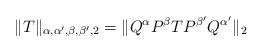
LaTeX: \begin{align*}\|T\|_{\alpha,\alpha',\beta,\beta',2}=\|Q^\alpha P^\beta T P^{\beta'}Q^{\alpha'}\|_2\end{align*}